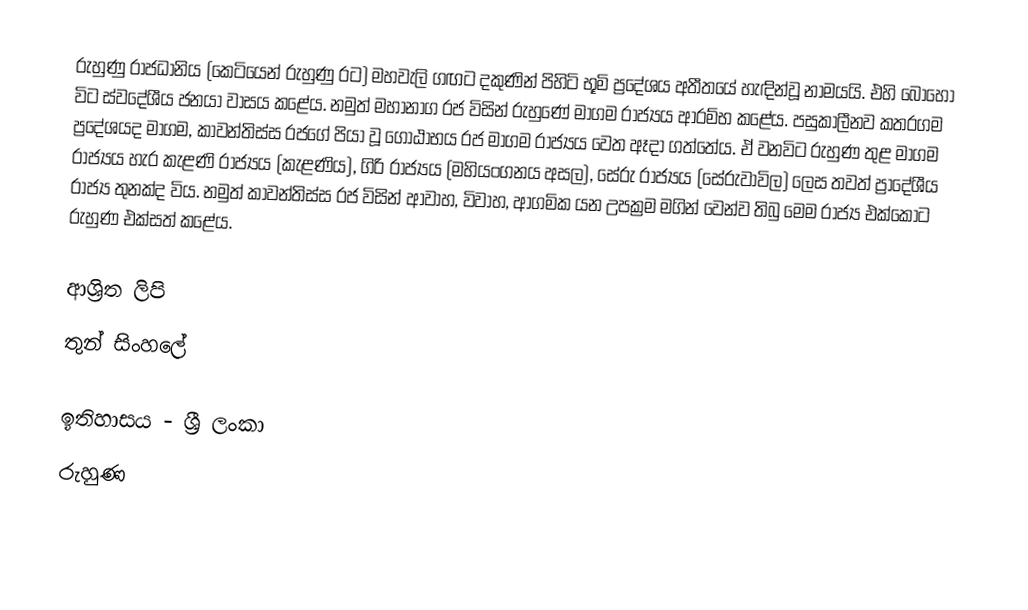
රුහුණු රාජධානිය (කෙටියෙන් රුහුණු රට) මහවැලි ගඟට දකුණින් පිහිටි භූමි ප්‍රදේශය අතීතයේ හැඳින්වූ නාමයයි. එහි බොහෝ විට ස්වදේශීය ජනයා වාසය කළේය. නමුත් මහානාග රජ විසින් රුහුණේ මාගම රාජ්‍යය ආරම්භ කළේය. පසුකාලීනව කතරගම ප්‍රදේශයද මාගම, කාවන්තිස්ස රජගේ පියා වූ ගෝඨාභය රජ මාගම රාජ්‍යය වෙත ඈදා ගත්තේය. ඒ වනවිට රුහුණ තුළ මාගම රාජ්‍යය හැර කැළණි රාජ්‍යය (කැළණිය), ගිරි රාජ්‍යය (මහියංගනය අසල), සේරු රාජ්‍යය (සේරුවාවිල) ලෙස තවත් ප්‍රාදේශීය රාජ්‍ය තුනක්ද විය. නමුත් කාවන්තිස්ස රජ විසින් ආවාහ, විවාහ, ආගමික යන උපක්‍රම මගින් වෙන්ව තිබු මෙම රාජ්‍ය එක්කොට රුහුණ එක්සත් කළේය.

ආශ්‍රිත ලිපි
 තුන් සිංහලේ

ඉතිහාසය - ශ්‍රී ලංකා
රුහුණ